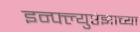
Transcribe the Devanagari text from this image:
इन्फ्ल्युएंझाच्या